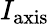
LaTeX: I_{\mathrm{axis}}